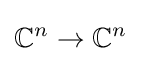
\mathbb {C} ^{n}\to \mathbb {C} ^{n}